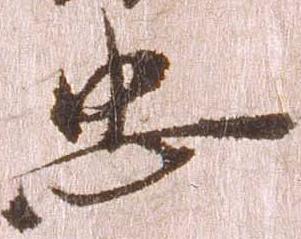
忠